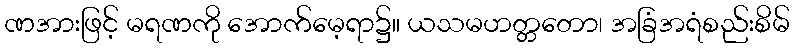
ဏအားဖြင့် မရဏကို အောက်မေ့ရာ၌။ ယသမဟတ္တတော၊ အခြံအရံစည်းစိမ်